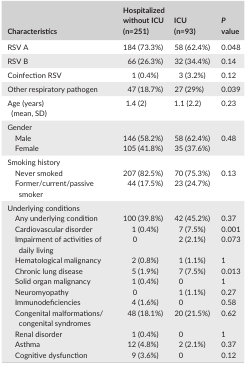
| Characteristics | Hospitalized without ICU(n=251) | ICU(n=93) | P value |
 | --- | --- | --- | --- |
 | RSV A | 184 (73.3%) | 58 (62.4%) | 0.048 |
 | RSV B | 66 (26.3%) | 32 (34.4%) | 0.14 |
 | Coinfection RSV | 1 (0.4%) | 3 (3.2%) | 0.12 |
 | Other respiratory pathogen | 47 (18.7%) | 27 (29%) | 0.039 |
 | Age (years)(mean, SD) | 1.4 (2) | 1.1 (2.2) | 0.23 |
 | <COLSPAN=4> Gender |
 | Male | 146 (58.2%) | 58 (62.4%) | 0.48 |
 | Female | 105 (41.8%) | 35 (37.6%) |  |
 | <COLSPAN=4> Smoking history |
 | Never smoked | 207 (82.5%) | 70 (75.3%) | 0.13 |
 | Former/current/passive smoker | 44 (17.5%) | 23 (24.7%) |  |
 | <COLSPAN=4> Underlying conditions |
 | Any underlying condition | 100 (39.8%) | 42 (45.2%) | 0.37 |
 | Cardiovascular disorder | 1 (0.4%) | 7 (7.5%) | 0.001 |
 | Impairment of activities of daily living | 0 | 2 (2.1%) | 0.073 |
 | Hematological malignancy | 2 (0.8%) | 1 (1.1%) | 1 |
 | Chronic lung disease | 5 (1.9%) | 7 (7.5%) | 0.013 |
 | Solid organ malignancy | 1 (0.4%) | 0 | 1 |
 | Neuromyopathy | 0 | 1 (1.1%) | 0.27 |
 | Immunodeficiencies | 4 (1.6%) | 0 | 0.58 |
 | Congenital malformations/congenital syndromes | 48 (18.1%) | 20 (21.5%) | 0.62 |
 | Renal disorder | 1 (0.4%) | 0 | 1 |
 | Asthma | 12 (4.8%) | 2 (2.1%) | 0.37 |
 | Cognitive dysfunction | 9 (3.6%) | 0 | 0.12 |